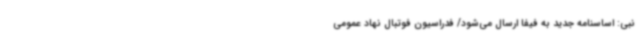
نبی: اساسنامه جدید به فیفا ارسال می‌شود/ فدراسیون فوتبال نهاد عمومی